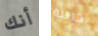
أنك خبيثة